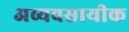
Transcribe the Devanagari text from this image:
अव्यवसायीक